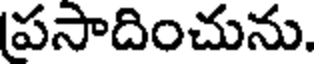
పసాదించును.